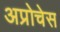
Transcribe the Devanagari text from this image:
अप्रोचेस